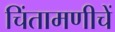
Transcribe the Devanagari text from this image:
चिंतामणीचें